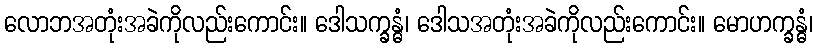
လောဘအတုံးအခဲကိုလည်းကောင်း။ ဒေါသက္ခန္ဓံ၊ ဒေါသအတုံးအခဲကိုလည်းကောင်း။ မောဟက္ခန္ဓံ၊